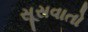
સૂસવાતો